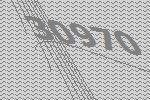
30970